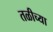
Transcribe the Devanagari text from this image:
तळीच्या